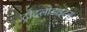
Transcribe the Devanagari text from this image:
ट्रोदलोडाइटस